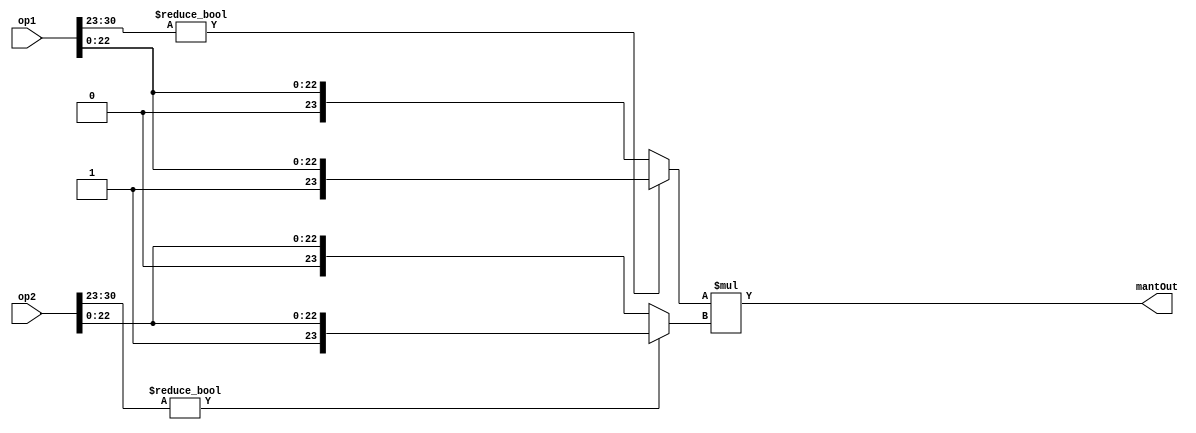
module mant_mult(
input wire[31:0] op1,
input wire[31:0] op2,
output wire [47:0] mantOut);

wire [23:0] op1ExtMnt;
wire [23:0] op2ExtMnt;

assign op1ExtMnt = (op1[30:23]) ? {1'b1,op1[22:0]} : {1'b0,op1[22:0]};
assign op2ExtMnt = (op2[30:23]) ? {1'b1,op2[22:0]} : {1'b0,op2[22:0]};

assign mantOut = op1ExtMnt * op2ExtMnt;

endmodule